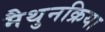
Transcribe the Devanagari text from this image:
मैथुनक्रिया